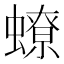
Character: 蟟